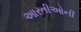
આરતીઓની